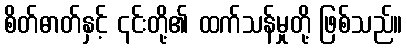
စိတ်ဓာတ်နှင့် ၎င်းတို့၏ ထက်သန်မှုတို့ ဖြစ်သည်။